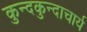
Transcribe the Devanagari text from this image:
कुन्दकुन्दाचार्य